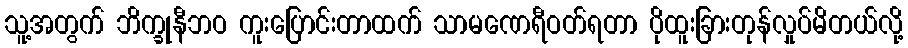
သူ့အတွက် ဘိက္ခုနီဘဝ ကူးပြောင်းတာထက် သာမဏေရီဝတ်ရတာ ပိုထူးခြားတုန်လှုပ်မိတယ်လို့